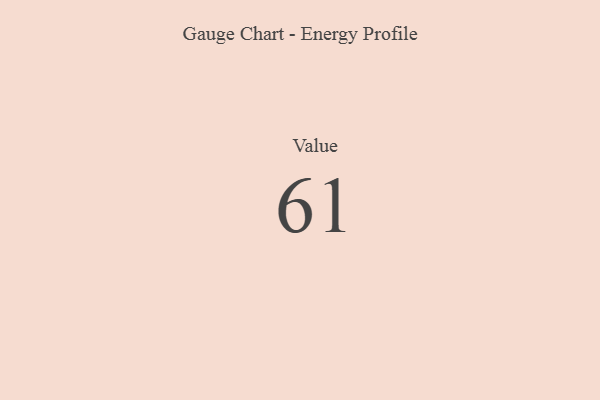
{"axis": {"x": "Metric", "y": "Value"}, "legend": [""], "data": [{"x": "Value", "y": 61, "type": ""}]}